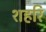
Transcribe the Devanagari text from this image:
शहरि